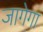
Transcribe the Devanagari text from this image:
जागेगा